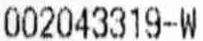
002043319-W